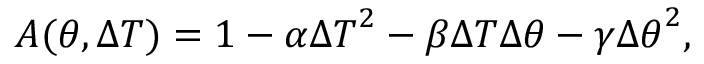
A ( \theta , \Delta T ) = 1 - \alpha { \Delta T } ^ { 2 } - \beta { \Delta T } { \Delta \theta } - \gamma { \Delta \theta } ^ { 2 } ,